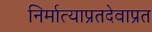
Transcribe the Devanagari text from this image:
निर्मात्याप्रतदेवाप्रत